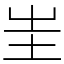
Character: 𡉚